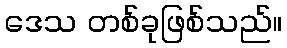
ဒေသ တစ်ခုဖြစ်သည်။